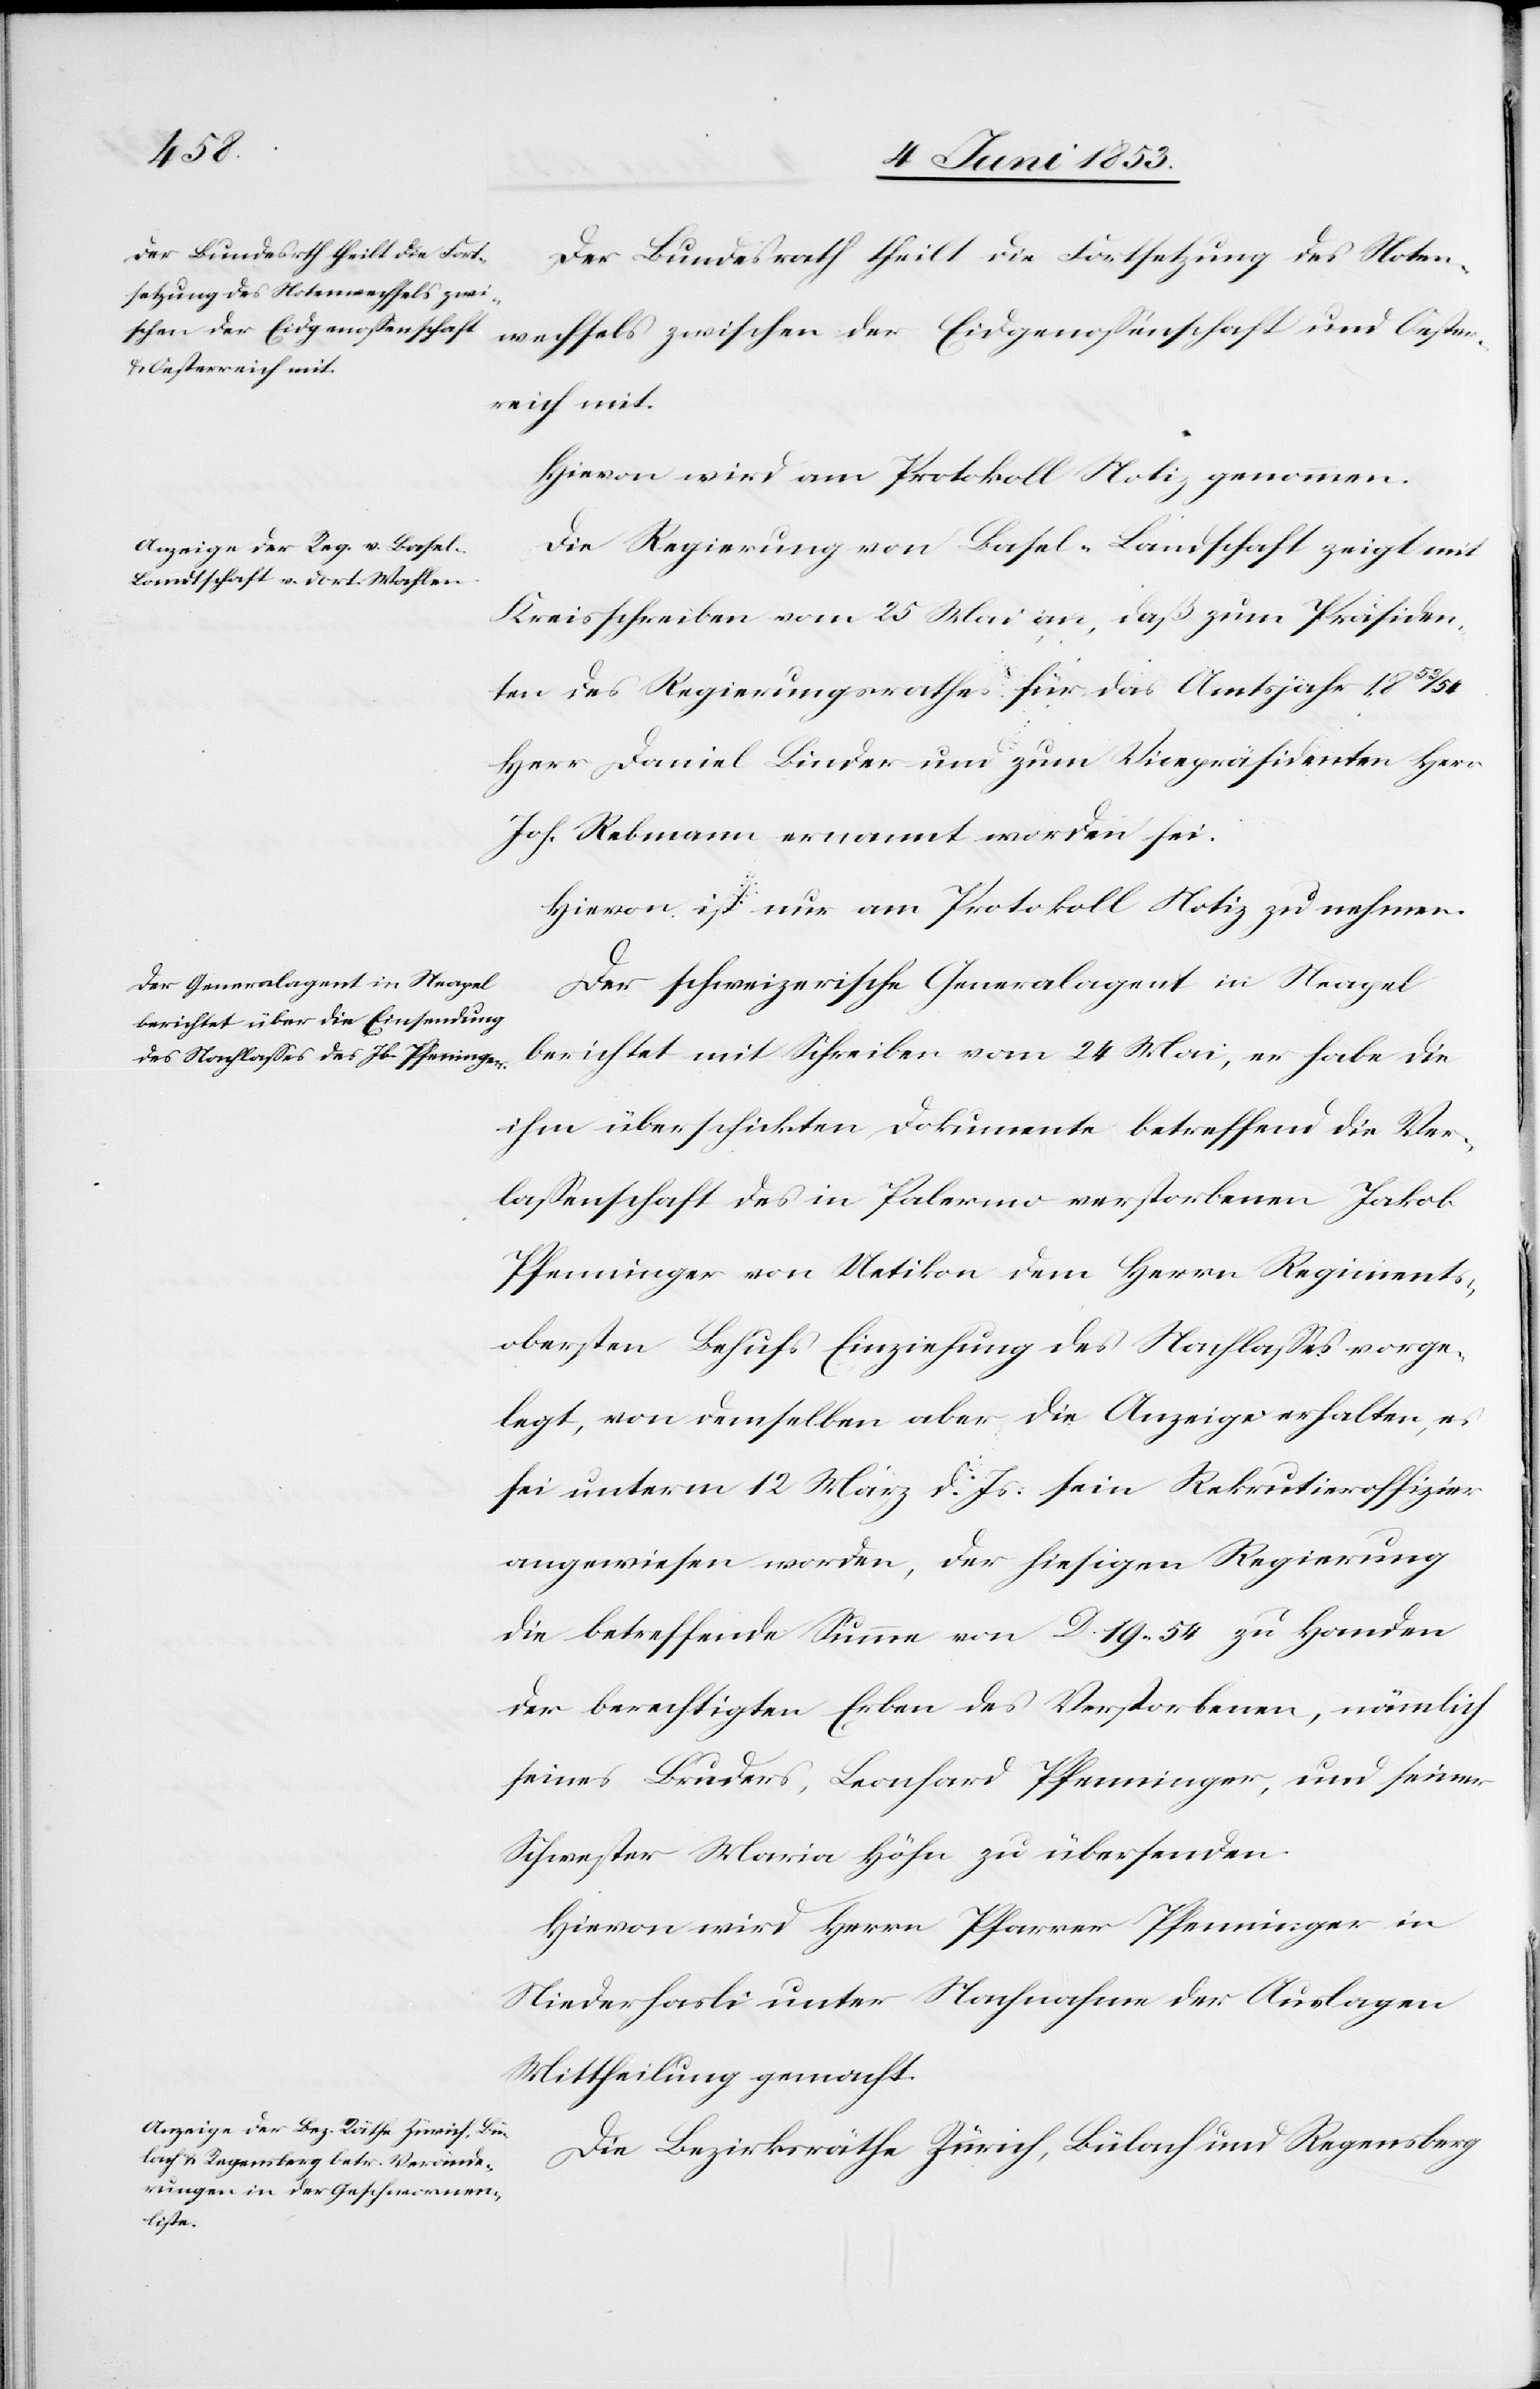
Der Bundesrath theilt die Fortsetzung des Noten¬
wechsels zwischen der Eidgenossenschaft und Oester¬
reich mit.
Hievon wird am Protokoll Notiz genommen.
Die Regierung von Basel-Landschaft zeigt mit
Kreisschreiben vom 25 Mai an, daß zum Präsiden¬
ten des Regierungsrathes für das Amtsjahr 1853/54
Herr Daniel Linder und zum Vicepräsidenten Herr
Joh. Rebmann ernannt worden sei.
Hievon ist nur am Protokoll Notiz zu nehmen.
Der schweizerische Generalagent in Neapel
berichtet mit Schreiben vom 24 Mai, er habe die
ihm überschickten Dokumente betreffend die Ver¬
laßenschaft des in Palermo verstorbenen Jakob
Pfenninger von Uetikon dem Herrn Regiments¬
obersten Behufs Einziehung des Nachlaßes vorge¬
legt, von demselben aber die Anzeige erhalten, es
sei unterm 12 März d. Js. sein Rekrutieroffizier
angewiesen worden, der hiesigen Regierung
die betreffende Summe von D. 19.54 zu Handen
der berechtigten Erben des Verstorbenen, nämlich
seines Bruders, Leonhard Pfenninger, und seiner
Schwester Maria Höhn zu übersenden.
Hievon wird Herrn Pfarrer Pfenninger in
Niederhasli unter Nachnahme der Auslagen
Mittheilung gemacht.
Die Bezirksräthe Zürich, Bülach und Regensberg